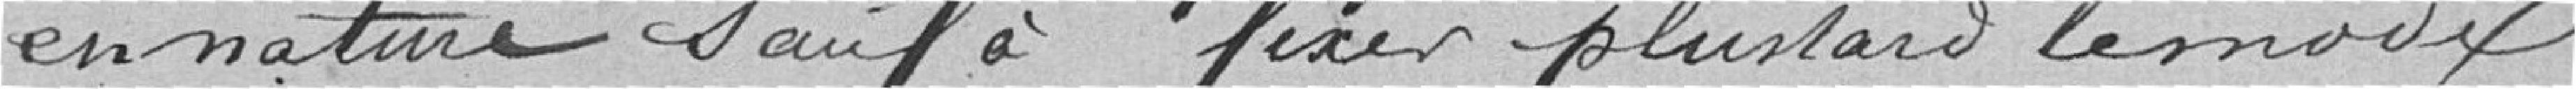
en nature sauf à fixer plus tard le mode